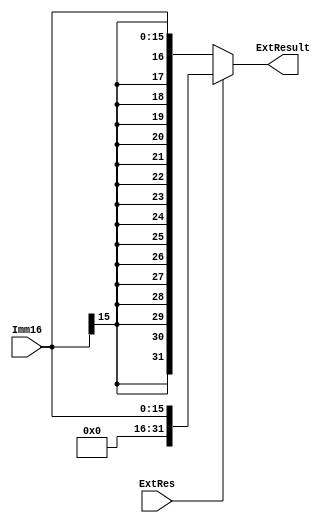
module Extender(
    input [15:0] Imm16,
    input ExtRes,
    output [31:0] ExtResult
);
    wire [31:0] ExtResult_Zero_ext = {16'b0, Imm16}; // any time declare a wire must declare its width!!!
    wire [31:0] ExtResult_Sign_ext = {{16{Imm16[15]}}, Imm16};
    assign ExtResult = (ExtRes == 1'b1) ? ExtResult_Zero_ext : ExtResult_Sign_ext;
endmodule //Extender